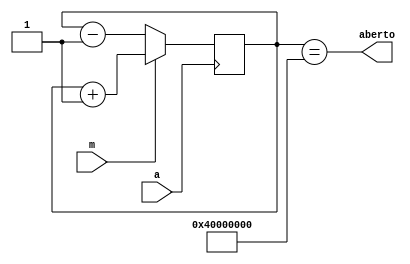
module cadeado(
    output aberto,
    input a,
    input m
);

    reg [31:0] conta = 0;

    always @( posedge a ) begin
        if (m == 1) begin
            conta <= conta + 1;
        end
        else begin
            conta <= conta - 1;
        end
    end

    assign aberto = conta == 1073741824;

endmodule